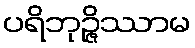
ပရိဘုဉ္ဇိဿာမ